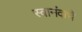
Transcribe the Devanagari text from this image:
स्वानंदाचे